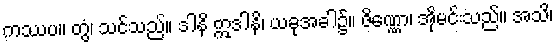
ကဿပ။ တွံ၊ သင်သည်။ ဒါနိ ဣဒါနိ၊ ယခုအခါ၌။ ဇိဏ္ဏော၊ အိုမင်းသည်။ အသိ၊